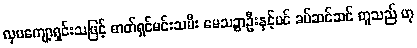
လှပကျော့ရှင်းသဖြင့် ဓာတ်ရှင်မင်းသမီး မေသဉ္စာဦးနှင့်ပင် ခပ်ဆင်ဆင် တူသည် ဟု